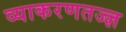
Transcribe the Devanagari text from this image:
व्याकरणतज्‍ज्ञ